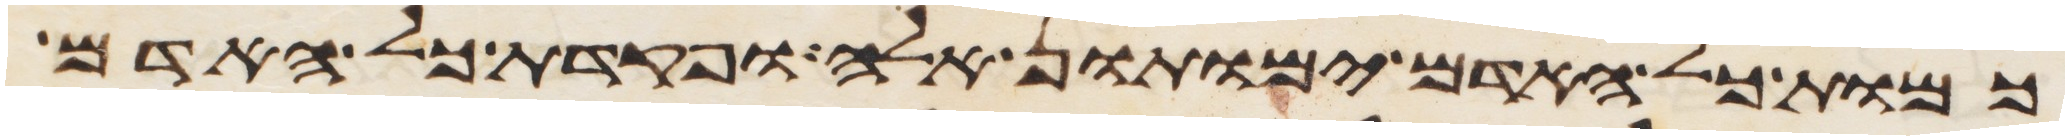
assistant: כמות כל האדם ימותון אלה ופקדת כל האדם